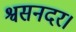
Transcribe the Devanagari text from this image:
श्वसनदर।